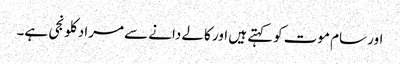
اور سام موت کوکہتے ہیں اور کالے دانے سے مراد کلونجی ہے۔